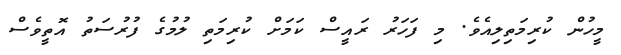
މީހުން ކުރިމަތިލިއެވެ. މި ފަހަރު ރައީސް ކަމަށް ކުރިމަތި ލުމުގެ ފުރުސަތު އޮތީވެސް